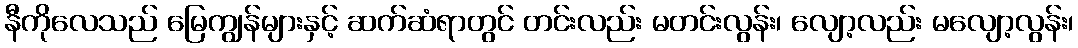
နီကိုလေသည် မြေကျွန်များနှင့် ဆက်ဆံရာတွင် တင်းလည်း မတင်းလွန်း၊ လျော့လည်း မလျော့လွန်း၊